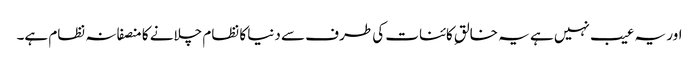
اور یہ عیب نہیں ہے یہ خالقِ کائنات کی طرف سے دنیا کا نظام چلانے کا منصفانہ نظام ہے۔